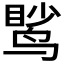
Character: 𫛹